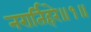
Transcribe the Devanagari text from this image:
नरार्तिहरे॥१॥